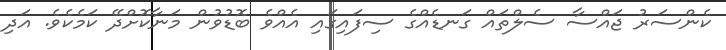
ކެންސަރު ޖައްސާ ސެލްތައް ގަނޑެއްގެ ސިފައިގައި އެއްވެ ބޮޑުވުން މަނާކޮށްދޭ ކަމެކެވެ. އަދި